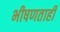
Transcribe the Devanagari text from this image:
भीषणताही